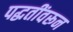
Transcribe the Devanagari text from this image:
पद्धतींवरून